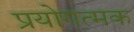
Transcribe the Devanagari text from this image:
प्रयोगत्मक